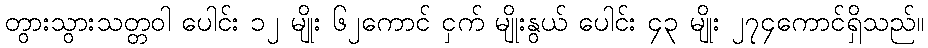
တွားသွားသတ္တဝါ ပေါင်း ၁၂ မျိုး ၆၂ကောင် ငှက် မျိုးနွယ် ပေါင်း ၄၃ မျိုး ၂၇၄ကောင်ရှိသည်။